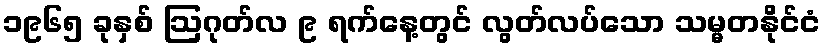
၁၉၆၅ ခုနှစ် ဩဂုတ်လ ၉ ရက်နေ့တွင် လွတ်လပ်သော သမ္မတနိုင်ငံ